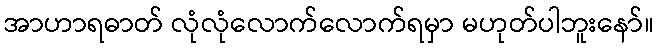
အာဟာရဓာတ် လုံလုံလောက်လောက်ရမှာ မဟုတ်ပါဘူးနော်။